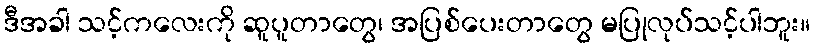
ဒီအခါ သင့်ကလေးကို ဆူပူတာတွေ၊ အပြစ်ပေးတာတွေ မပြုလုပ်သင့်ပါဘူး။